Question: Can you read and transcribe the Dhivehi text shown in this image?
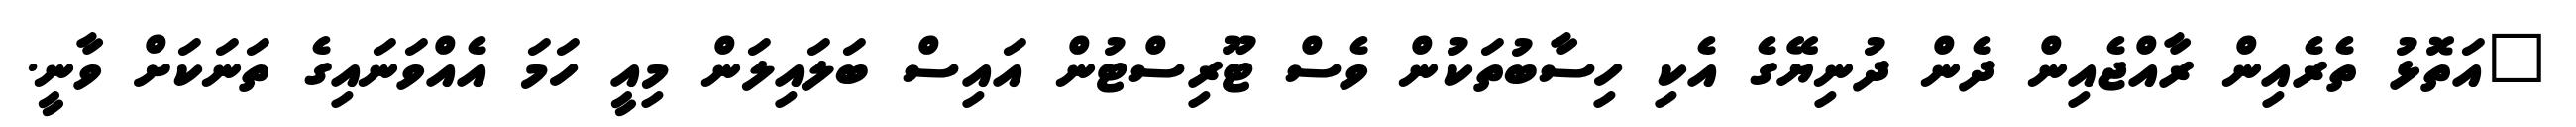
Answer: "އަތޮޅު ތެރެއިން ރާއްޖެއިން ދެން ދުނިޔޭގެ އެކި ހިސާބުތަކުން ވެސް ޓޫރިސްޓުން އައިސް ބަލައިލަން މިއީ ހަމަ އެއްވަނައިގެ ތަނަކަށް ވާނީ.